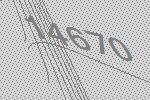
14670